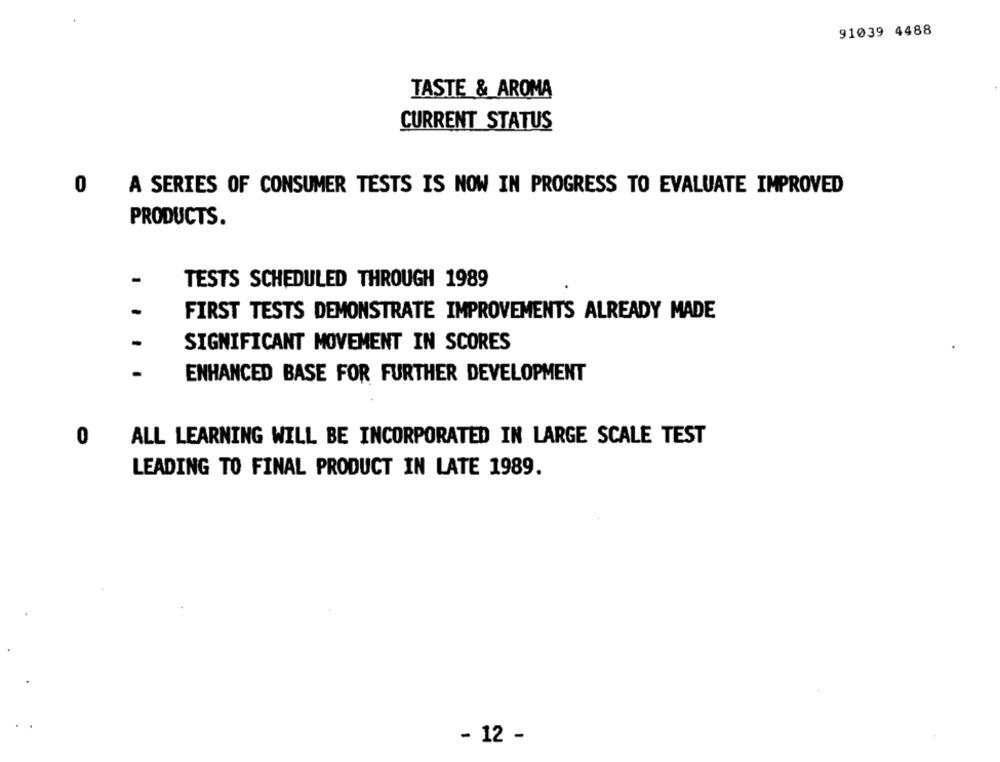
91039 4488
TASTE & AROMA
CURRENT STATUS
0
A SERIES OF CONSUMER TESTS IS NOW IN PROGRESS TO EVALUATE IMPROVED
PRODUCTS.
-
TESTS SCHEDULED THROUGH 1989
FIRST TESTS DEMONSTRATE IMPROVEMENTS ALREADY MADE
SIGNIFICANT MOVEMENT IN SCORES
ENHANCED BASE FOR FURTHER DEVELOPMENT
0
ALL LEARNING WILL BE INCORPORATED IN LARGE SCALE TEST
LEADING TO FINAL PRODUCT IN LATE 1989.
- 12 -